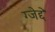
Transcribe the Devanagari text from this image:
ग्जेद्दे